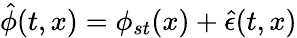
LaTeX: \hat{\phi}(t,x)=\phi_{st}(x)+\hat{\epsilon}(t,x)